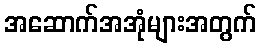
အဆောက်အအုံများအတွက်